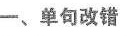
一、单句改错